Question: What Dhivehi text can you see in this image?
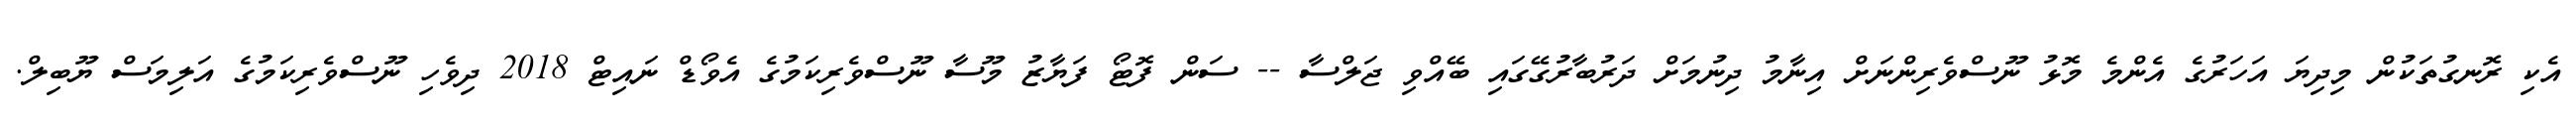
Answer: އެކި ރޮނގުތަކުން މިދިޔަ އަހަރުގެ އެންމެ މޮޅު ނޫސްވެރިންނަށް އިނާމު ދިނުމަށް ދަރުބާރުގޭގައި ބޭއްވި ޖަލްސާ -- ސަން ފޮޓޯ ފަޔާޒު މޫސާ ނޫސްވެރިކަމުގެ އެވޯޑް ނައިޓް 2018 ދިވެހި ނޫސްވެރިކަމުގެ އަލިމަސް ޔޫބިލް.